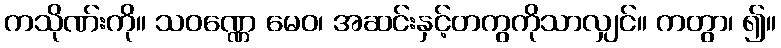
ကသိုဏ်းကို။ သဝဏ္ဏေ မေဝ၊ အဆင်းနှင့်တကွကိုသာလျှင်။ ကတွာ၊ ၍။